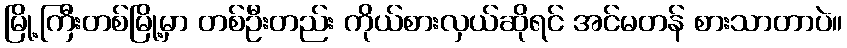
မြို့ကြီးတစ်မြို့မှာ တစ်ဦးတည်း ကိုယ်စားလှယ်ဆိုရင် အင်မတန် စားသာတာပဲ။